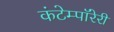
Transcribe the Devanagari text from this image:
कंटेम्पॉरेरी